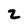
Character: 2